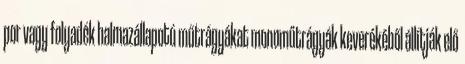
por vagy folyadék halmazállapotú műtrágyákat monoműtrágyák keverékéből állítják elő